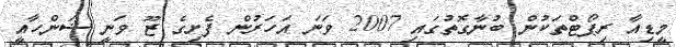
މީޑިއާ ރިޕޯޓްތަކުން ބުނާގޮތުގައި 2007 ވަނަ އަހަރުން ފެށިގެ ޒޫ ވަނީ ޝަންހާއީ